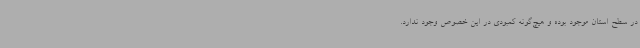
در سطح استان موجود بوده و هیچ‌گونه کمبودی در این خصوص وجود ندارد.